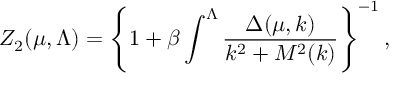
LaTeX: Z _ { 2 } ( \mu , \Lambda ) = \left\{ 1 + \beta \int ^ { \Lambda } \frac { \Delta ( \mu , k ) } { k ^ { 2 } + M ^ { 2 } ( k ) } \right\} ^ { - 1 } ,